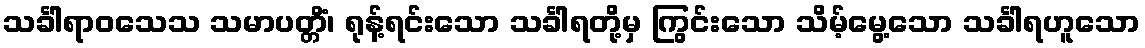
သင်္ခါရာဝသေသ သမာပတ္တိံ၊ ရုန့်ရင်းသော သင်္ခါရတို့မှ ကြွင်းသော သိမ့်မွေ့သော သင်္ခါရဟူသော